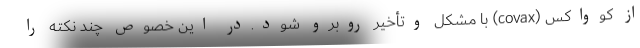
از کوواکس (covax) با مشکل وتأخیر روبرو شود.در این خصوص چند نکته را